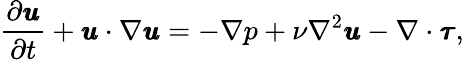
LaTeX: \frac{\partial\pmb{u}}{\partial t}+\pmb{u}\cdot\nabla\pmb{u}=-\nabla p+\nu\nabla^{2}\pmb{u}-\nabla\cdot\pmb{\tau},